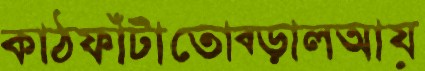
কাঠফাঁটাতোব্‌ড়ালআয়